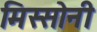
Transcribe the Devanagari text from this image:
मिस्सोनी